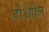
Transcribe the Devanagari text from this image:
होआील